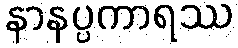
နာနပ္ပကာရဿ